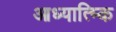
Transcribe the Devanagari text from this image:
आध्यात्म्कि